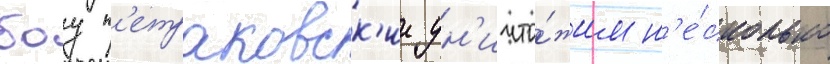
боу п'етраковск'ии ун'ичто́жил н'е́сколько